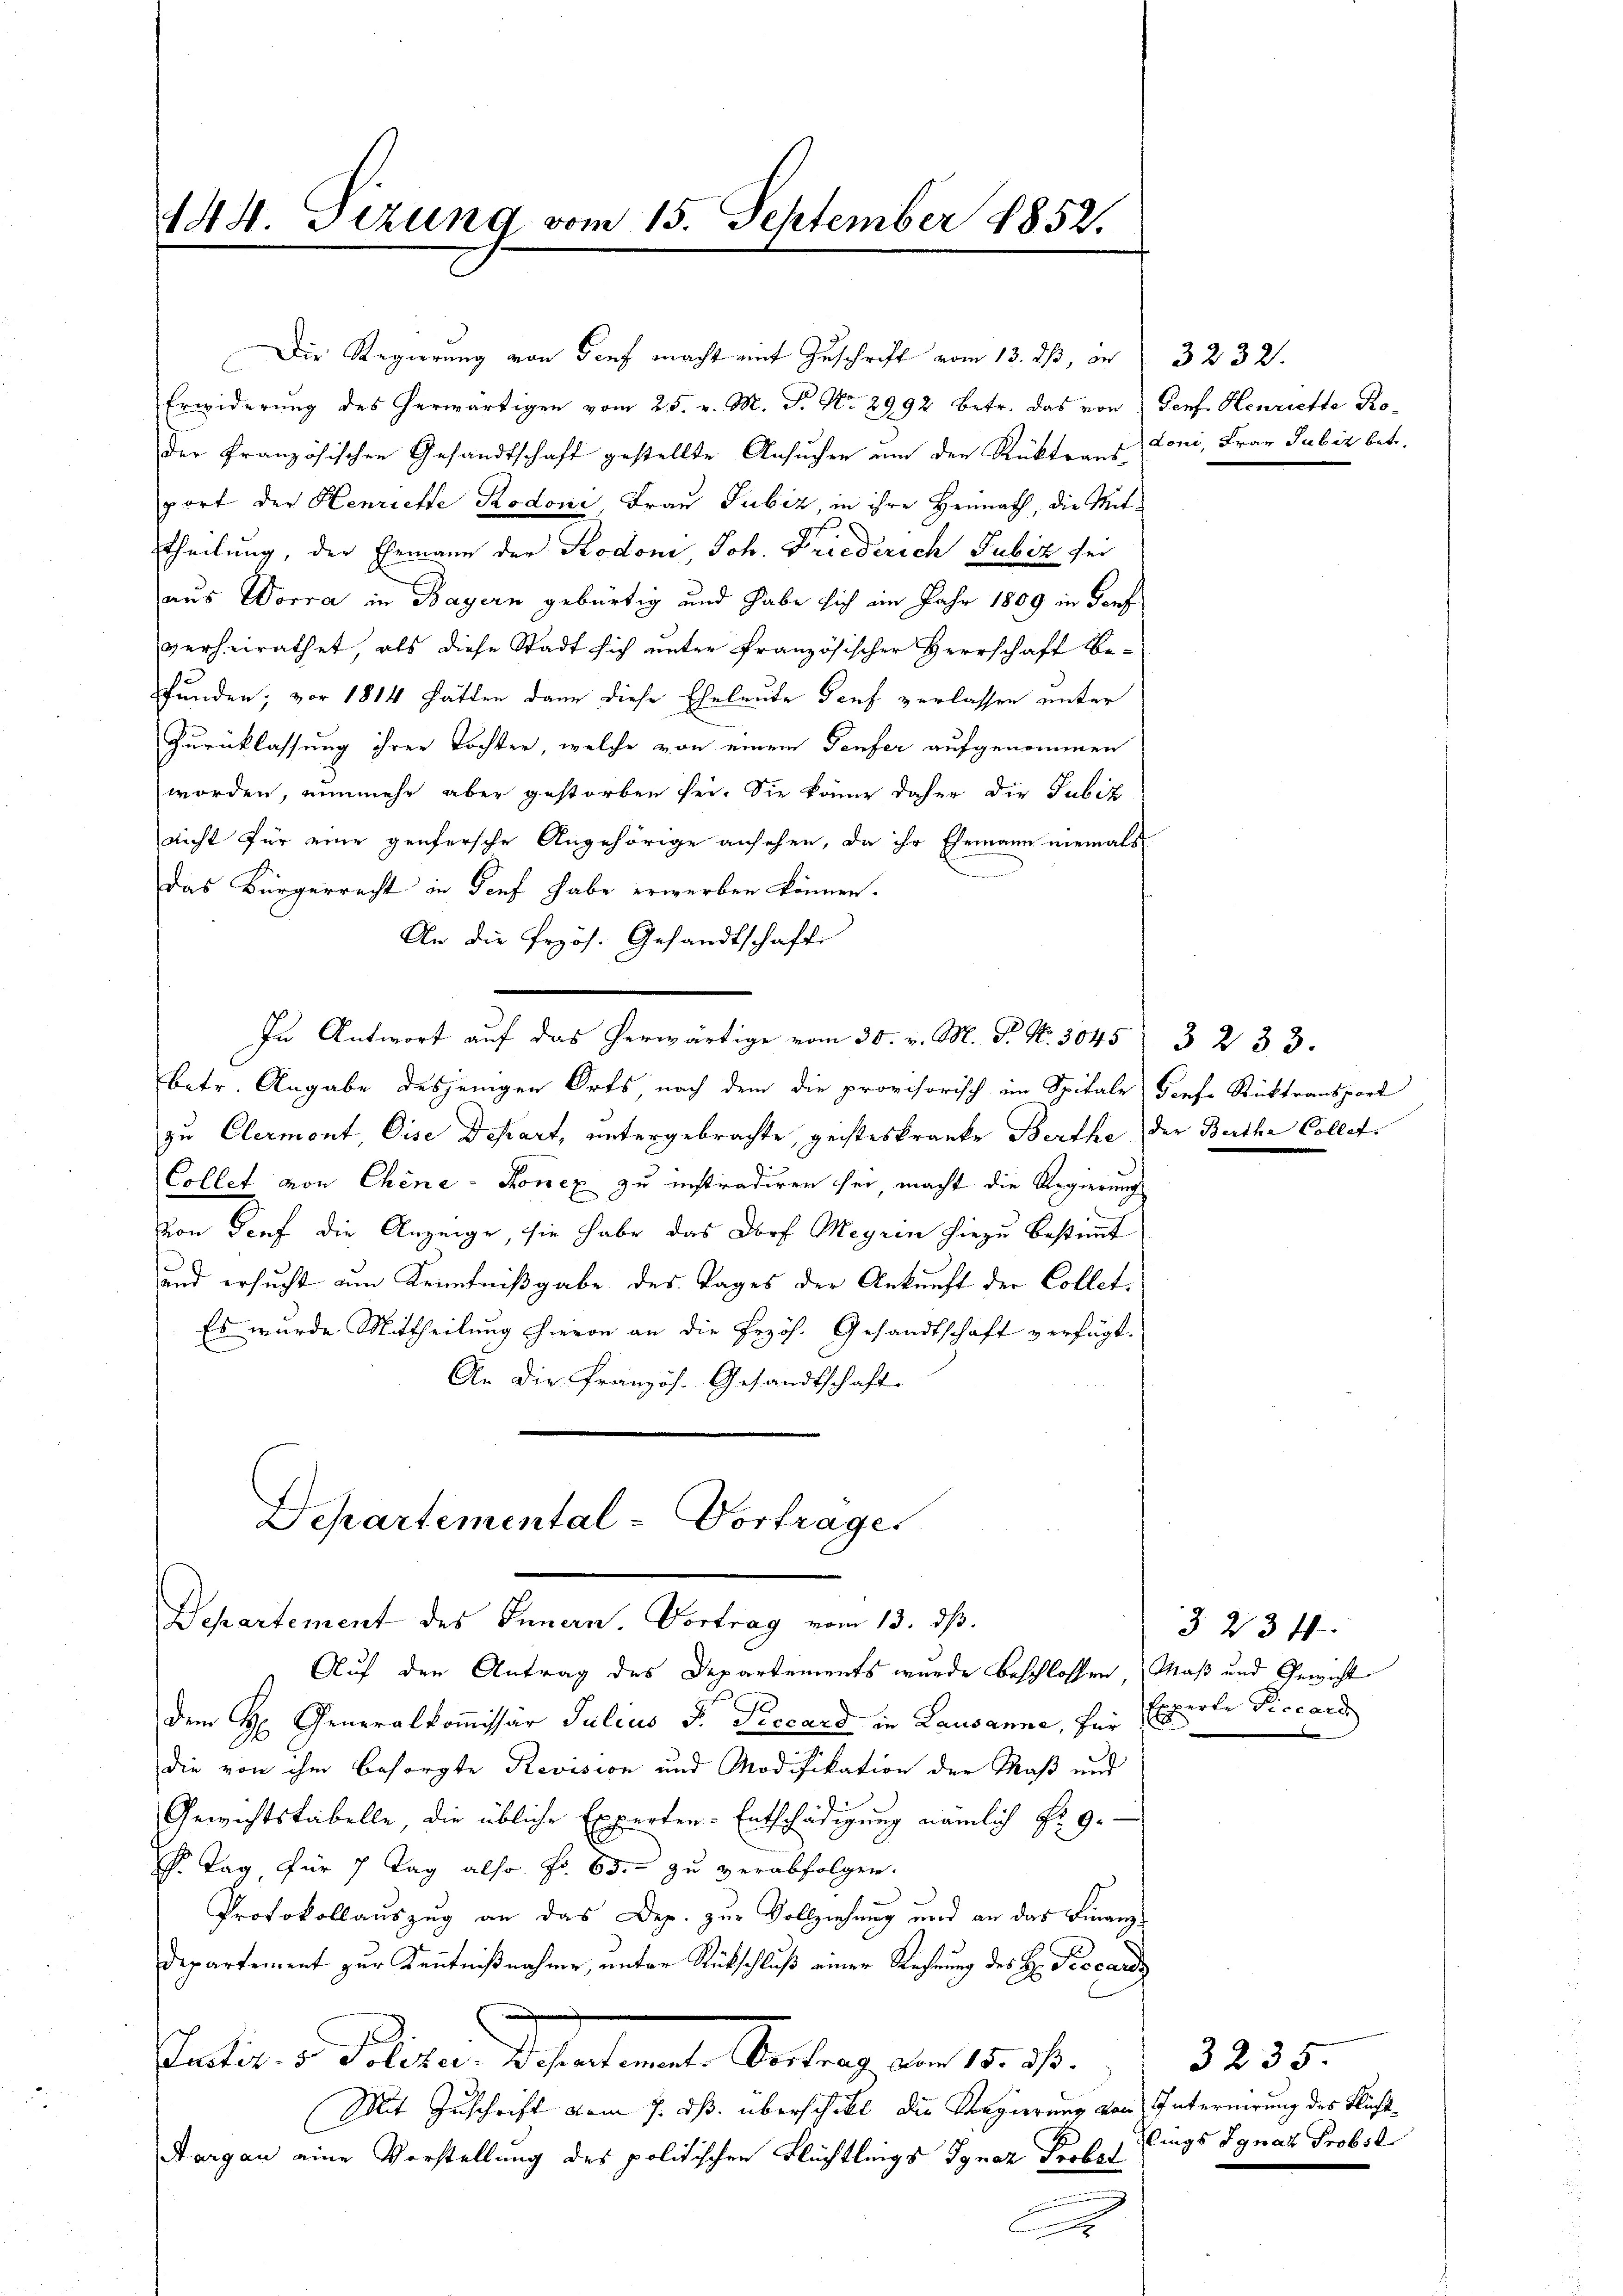
der Französischen Gesandtschaft gestellte Ansuchen um der Rücktraus Loni, Frau Jubiz betr.
port der Henriette Kodoni, Frau Jubiz, in ihre Heimath, die Mitf
theilung, der Ehemann der Stodoni, Joh. Friederich Gubiz sei
aus Worra in Bayern gebürtig und habe sich im Jahr 1809 in Dorf
verheirathet, als diese Stadt sich unter französischer Herrschaft Bepfunden; vor 1884 hatten dann diese Eheleute Genf verlassen unter
Zurücklassung ihrer Tochter, welche von einem Tonfer aufgenommen
worden, nunmehr aber gestorben sei. Sie könne daher die Jubiz
nicht für eine genfersche Angehörige ansehen, da ihr Ehemann niemals
Das Bürgerrecht in Genf habe erwerben können.
An die Przös. Gesandtschaft
In Antwort auf das herwärtige vom 30. v. M. P. Nr. 3045 3 233.
betr. Angabe desjenigen Orts nach dem die provisorisch im Spitale diese Rücktransport
zu Clermont, Dise Depart, untergebrachte, geisteskranke Berthe der Berthe Collet¬
Collet von Chine-Konex zu instradiren sei, macht die Regierung
von Senf die Anzeige, sie habe das Dorf Meyrin hiezu bestimmt
und ersucht um Kenntnißgabe des Tages der Ankunft der Collet¬
Es wurde Mittheilung hievon an die Erzös. Gesandtschaft verfügt.
An die Französ. Gesandtschaft

144. Tizung vom 15. September 1852.
e

Die Regierung von Genf macht mit Zuschrift vom 13. dß, in
Erwiderung des herwärtigen vom 25. v. M. P. Nr. 2992 betr. das von Genf. Henriette Ro-

Departemental-Vortrages
Departement des Innern. Vortrag vom 13. ds.

Auf den Antrag des Departements wurde beschlossen Maß und Gewicht
dem H. Generalkomissär Julius F. Piccard in Lausanne, für Experte Piccard
die von ihm besorgte Revision und Modifikation der Maß und
Gewichtskabelle, die übliche Experten-Entschädigung nämlich Fr. 9.
C. Tag, für 7 Tag also No. 65. - zu verabfolgen.
Protokollauszug an das Dep. zur Vollziehung und an das Finanz¬
Departement zur Kenntnißnahme, unter Rückschluß einer Rechnung des H: Peccards
Satis v. Seiten diesentimat Beitrag von 12. 7.
Mit Zuschrift vom 7. ds. überschickt die Regierung von Internirung des Flicht¬
Aargau eine Vorstellung des politischen Flüchtleigs Ignaz Probst
C

3232.

3234.

3235.
zlings Ignaz Probst